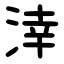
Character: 涬